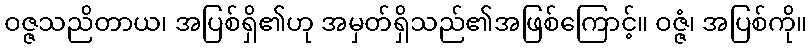
ဝဇ္ဇသညိတာယ၊ အပြစ်ရှိ၏ဟု အမှတ်ရှိသည်၏အဖြစ်ကြောင့်။ ဝဇ္ဇံ၊ အပြစ်ကို။